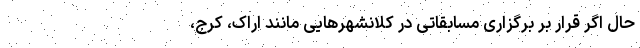
حال اگر قرار بر برگزاری مسابقاتی در کلانشهرهایی مانند اراک، کرج،